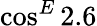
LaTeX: \cos^{E}2.6